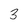
Character: 3